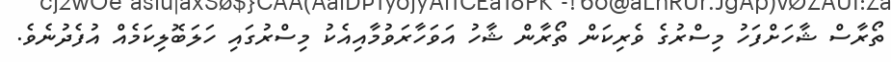
ތޯރާސް ޝާހަށްފަހު މިސްރުގެ ވެރިކަން ތޯރާން ޝާހު އަވަހާރަވުމާއިއެކު މިސްރުގައި ހަލަބޮލިކަމެއް އުފެދުނެވެ.